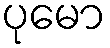
ပုမော